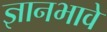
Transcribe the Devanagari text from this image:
ज्ञानभावे